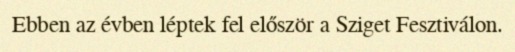
Ebben az évben léptek fel először a Sziget Fesztiválon.